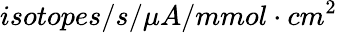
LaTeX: isotopes/s/\mu A/mmol\cdot cm^{2}